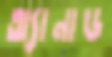
অ্যানাড